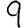
Digit: 9